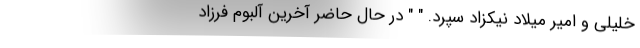
خلیلی و امیر میلاد نیکزاد سپرد. " " در حال حاضر آخرین آلبوم فرزاد